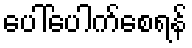
ပေါ်ပေါက်စေရန်